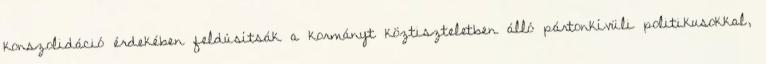
konszolidáció érdekében feldúsítsák a kormányt köztiszteletben álló pártonkívüli politikusokkal,